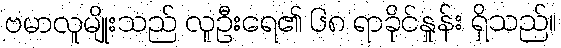
ဗမာလူမျိုးသည် လူဦးရေ၏ ၆၈ ရာခိုင်နှုန်း ရှိသည်။